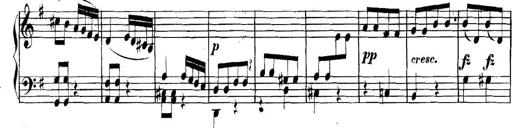
Title: Collected Piano Sonatas
Composer: Muzio Clementi